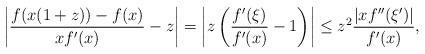
LaTeX: \begin{align*}\left| \frac{f (x(1+z)) - f(x)}{x f'(x)} - z \right|= \left| z \left(\frac{f'(\xi)}{f'(x)} - 1 \right) \right|\leq z^2 \frac{|x f''(\xi')|}{f'(x)},\end{align*}